Civil Veterinary Department Bihar & Orissa reports 1922-29 - 1922-1929
Year: 1922
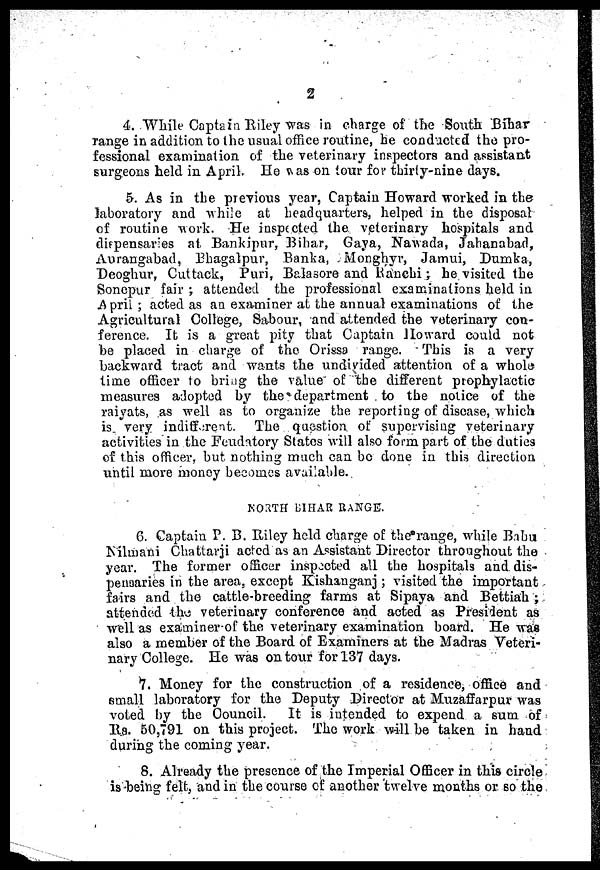
2
4. While Captain Riley Was in charge of the South Bihar
range in addition to the usual office routine, he conducted the pro-
fessional examination of the veterinary inspectors and assistant
surgeons held in April. He was on tour for thirty-nine days.
5. As in the previous year, Captain Howard worked in the
laboratory and while at headquarters, helped in the disposal
of routine work. He inspected the veterinary hospitals and
dispensaries at Bankipnr, Bihar, Gaya, Nawada, Jahanabad,
Aurangabad, Bhagalpur, Banka, Monghyr, Jamui, Dumka,
Deoghur, Cuttack, Puri, Balasore and Ranchi; he visited the
Sonepur fair ; attended the professional examinations held in
April ; acted as an examiner at the annual examinations of the
Agricultural College, Sabour, and attended the veterinary con-
ference. It is a great pity that Captain Howard could not
be placed in charge of the Orissa range. This is a very
backward tract and wants the undivided attention of a whole
time officer to bring the value of the different prophylactic
measures adopted by the department to the notice of the
raiyats, as well as to organize the reporting of disease, which
is very indifferent. The question of supervising veterinary
activities in the Feudatory States will also form part of the duties
of this officer, but nothing much can be done in this direction
until more money becomes available.
NORTH BIHAR RANGE.
6. Captain P. B. Riley held charge of the range, while Babu
Nilmani Chattarji acted as an Assistant Director throughout the
year. The former officer inspected all the hospitals and dis-
penoaries in the area, except Kishanganj; visited the important
fairs and the cattle-breeding farms at Sipaya and Bettiah ;
attended the veterinary conference and acted as President as
well as examiner of the veterinary examination board. He was
also a member of the Board of Examiners at the Madras Veteri-
nary College. He was on tour for 137 days.
7. Money for the construction of a residence, office and
small laboratory for the Deputy Director at Muzaffarpur was
voted by the Council.
It is intended to expend a sum of
Rs. 50,791 on this project. The work will be taken in hand
during the coming year.
8. Already the presence of the Imperial Officer in this circle
is being felt, and in the course of another twelve months or so the